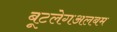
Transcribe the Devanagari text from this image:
बूटलेगअलबम